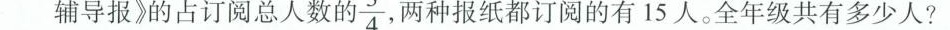
辅导报》的占订阅总人数的 \frac{3}{4}两种报纸都订阅的有15人。全年级共有多少人?